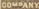
COMPANY